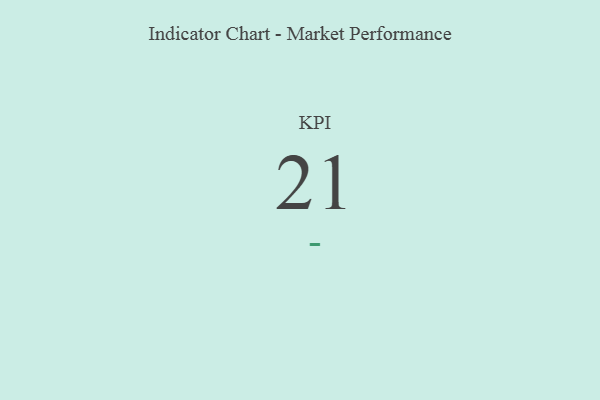
{"axis": {"x": "KPI", "y": "Value"}, "legend": [""], "data": [{"x": "KPI", "y": 21, "type": ""}]}